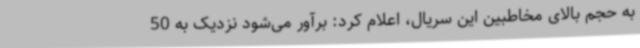
به حجم بالای مخاطبین این سریال، اعلام کرد: برآور می‌شود نزدیک به 50